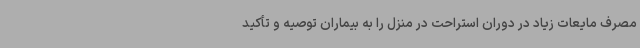
مصرف مایعات زیاد در دوران استراحت در منزل را به بیماران توصیه و تأکید